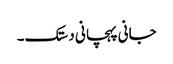
جانی پہچانی دستک۔